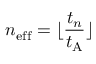
n _ { \mathrm { e f f } } ^ { } = \lfloor \frac { t _ { n } } { t _ { \mathrm { A } } } \rfloor